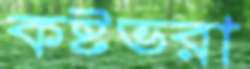
কষ্টভরা